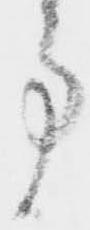
事